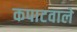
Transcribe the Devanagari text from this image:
कपाटवाले